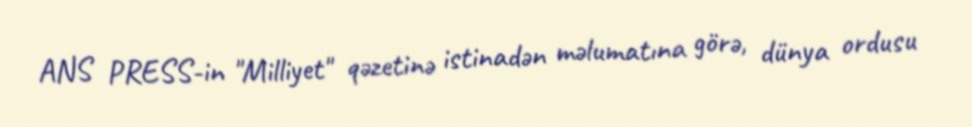
ANS PRESS-in "Milliyet" qəzetinə istinadən məlumatına görə, dünya ordusu